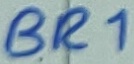
Text: BR1